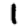
Digit: 1